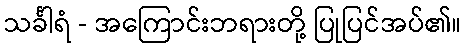
သင်္ခါရံ - အကြောင်းဘရားတို့ ပြုပြင်အပ်၏။